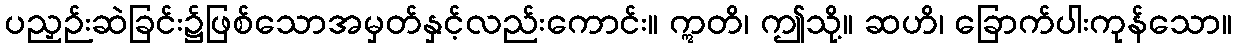
ပညှဉ်းဆဲခြင်း၌ဖြစ်သောအမှတ်နှင့်လည်းကောင်း။ ဣတိ၊ ဤသို့။ ဆဟိ၊ ခြောက်ပါးကုန်သော။